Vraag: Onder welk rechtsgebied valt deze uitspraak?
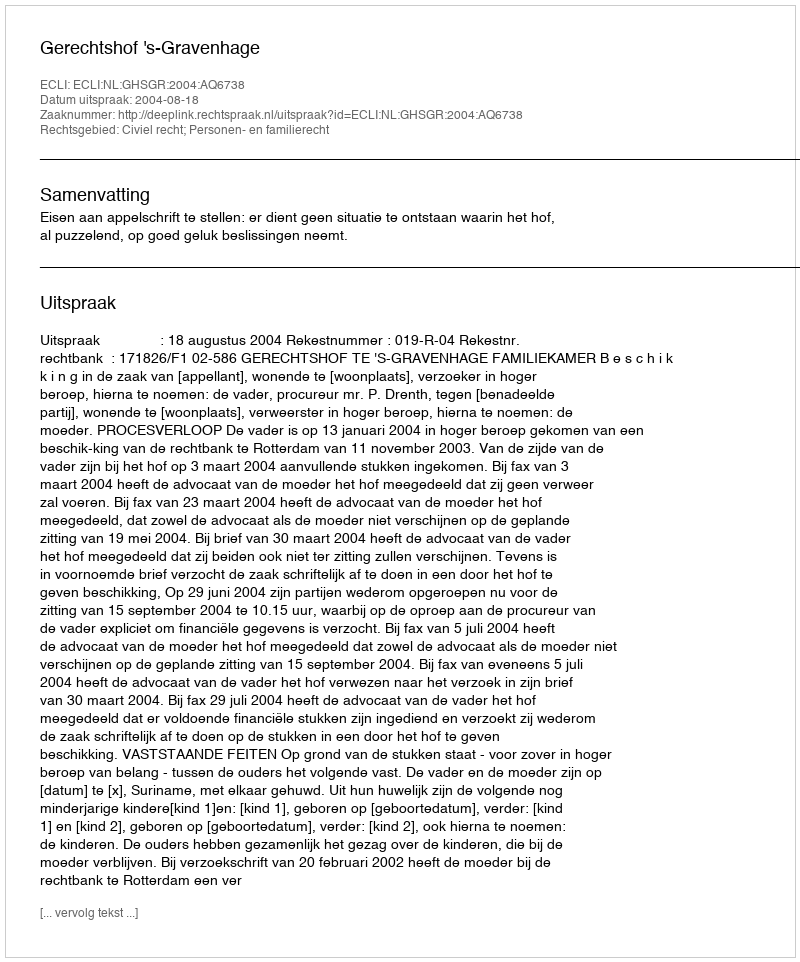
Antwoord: Civiel recht; Personen- en familierecht